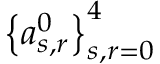
\left\{ a _ { s , r } ^ { 0 } \right\} _ { s , r = 0 } ^ { 4 }